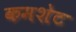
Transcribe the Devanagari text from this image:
कमशेट